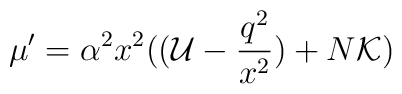
\mu' = \alpha^2 x^2 (({\cal U} - \frac{q^2}{x^2}) + N {\cal K})